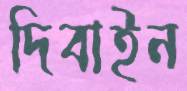
দিবাইন